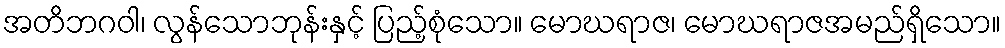
အတိဘဂဝါ၊ လွန်သောဘုန်းနှင့် ပြည့်စုံသော။ မောဃရာဇ၊ မောဃရာဇအမည်ရှိသော။